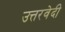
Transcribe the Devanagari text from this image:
उत्तरवेदी